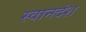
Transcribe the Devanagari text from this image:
स्वानदंश